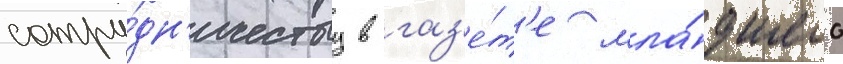
сотру́дн'ичеству в газ'е́т'е мла́дшего